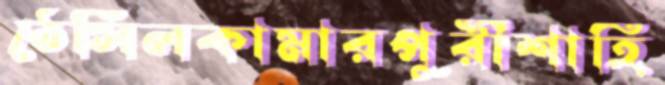
ঠেসিলকামারপুরীশাহি